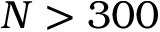
N > 3 0 0